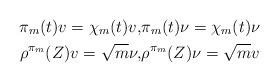
LaTeX: \begin{align*}\pi_m(t)v= \chi_m(t) v, &\pi_m(t)\nu= \chi_m(t) \nu\\\rho^{\pi_m}(Z) v =\sqrt{m}\nu, & \rho^{\pi_m}(Z) \nu =\sqrt{m}v\end{align*}